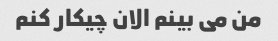
من می بینم الان چیکار کنم